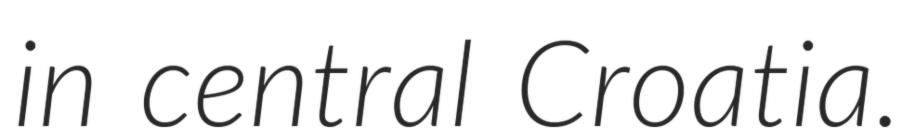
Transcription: in central Croatia.